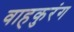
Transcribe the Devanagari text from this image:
वाहकुरंग